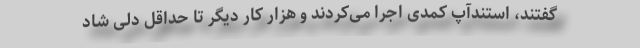
گفتند، استندآپ کمدی اجرا می‌کردند و هزار کار دیگر تا حداقل دلی شاد